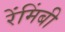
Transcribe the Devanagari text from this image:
रेंमिंबी